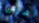
هناك